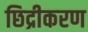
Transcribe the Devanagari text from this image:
छिद्रीकरण